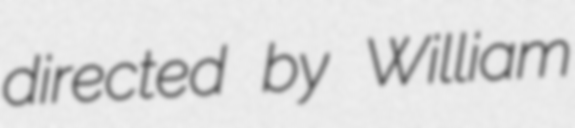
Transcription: directed by William